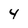
Character: 4